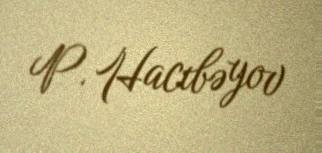
P. Hacıbəyov